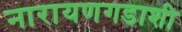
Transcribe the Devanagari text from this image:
नारायणगडाशी